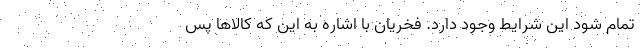
تمام شود اين شرايط وجود دارد. فخريان با اشاره به اين كه كالاها پس